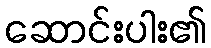
ဆောင်းပါး၏